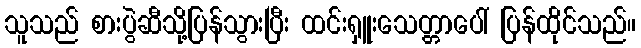
သူသည် စားပွဲဆီသို့ပြန်သွားပြီး ထင်းရှူးသေတ္တာပေါ် ပြန်ထိုင်သည်။